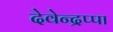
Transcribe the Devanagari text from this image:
देवेन्द्रप्पा